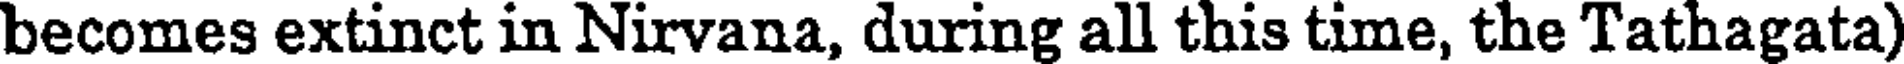
becomes extinct in Nirvana, during all this time, the Tathagata)